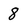
Character: 8